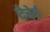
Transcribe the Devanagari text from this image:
देचेर्द